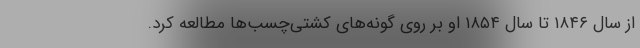
از سال ۱۸۴۶ تا سال ۱۸۵۴ او بر روی گونه‌های کشتی‌چسب‌ها مطالعه کرد.